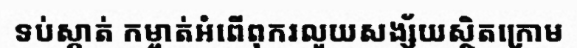
ទប់ស្កាត់ កម្ចាត់អំពើពុករលួយសង្ស័យស្ថិតក្រោម